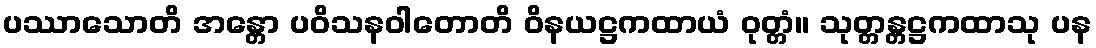
ပဿာသောတိ အန္တော ပဝိသနဝါတောတိ ဝိနယဋ္ဌကထာယံ ဝုတ္တံ။ သုတ္တန္တဋ္ဌကထာသု ပန